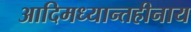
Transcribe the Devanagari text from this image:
आदिमध्यान्तहीनाय